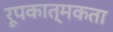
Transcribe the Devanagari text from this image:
रूपकात्मकता